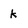
Character: K